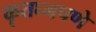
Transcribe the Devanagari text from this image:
कृतघ्नपणे